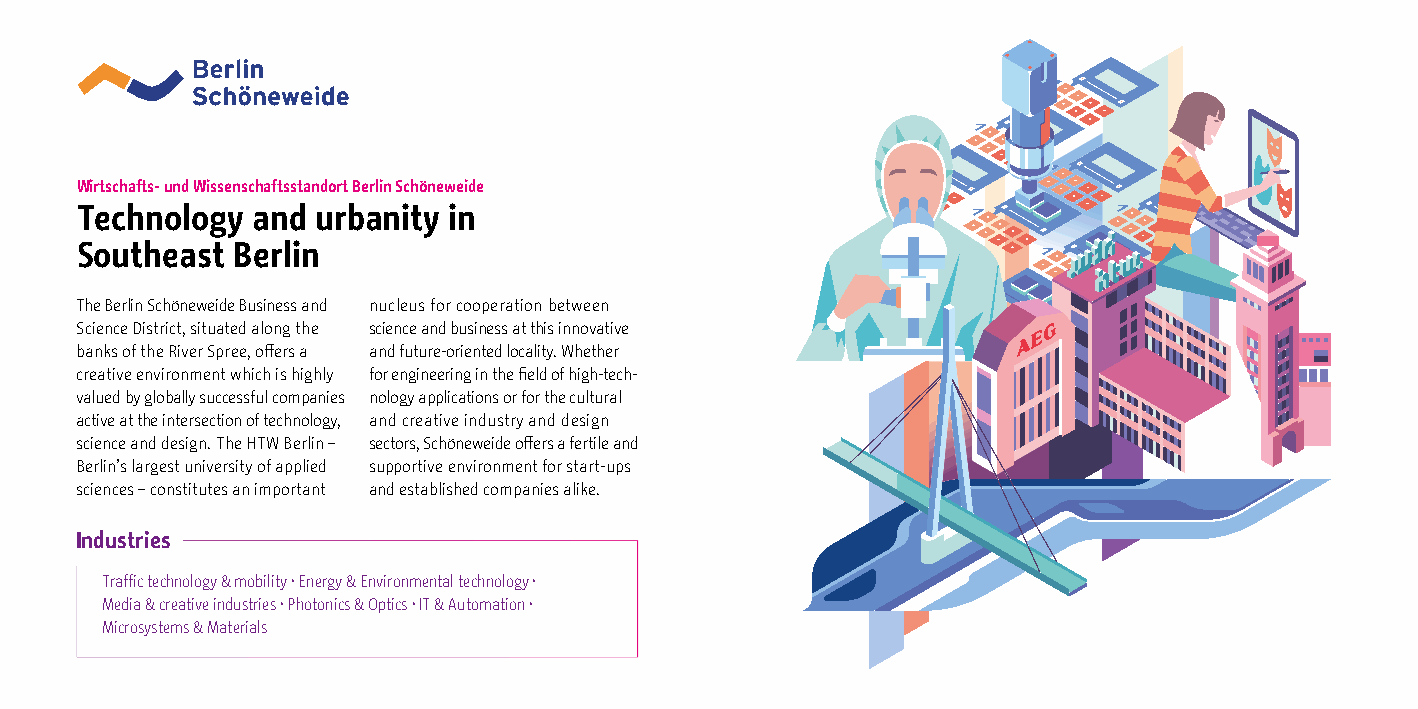
Wirtschafts- und Wissenschaftsstandort Berlin Schöneweide
 Technology  and urbanity in
 Southeast Berlin
 The Berlin Schöneweide Business and nucleus for cooperation between
 Science District, situated along the science and business at this innovative
 banks of the River Spree, offers a and future-oriented locality. Whether
 creative environment which is highly for engineering in the field of high-tech-
 valued by globally successful companies nology applications or for the cultural
 active at the intersection of technology, and creative industry and design
 science and design. The HTW Berlin – sectors, Schöneweide offers a fertile and
 Berlin’s largest university of applied supportive environment for start-ups
 sciences – constitutes an important and established companies alike.
 Industries
 Traffic technology & mobility · Energy & Environmental technology ·
 Media & creative industries · Photonics & Optics · IT & Automation ·
 Microsystems & Materials